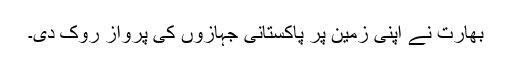
بھارت نے اپنی زمین پر پاکستانی جہازوں کی پرواز روک دی۔